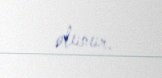
olunur.